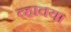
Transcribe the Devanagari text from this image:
व्हावया